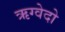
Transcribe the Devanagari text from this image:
ऋग्वेदो